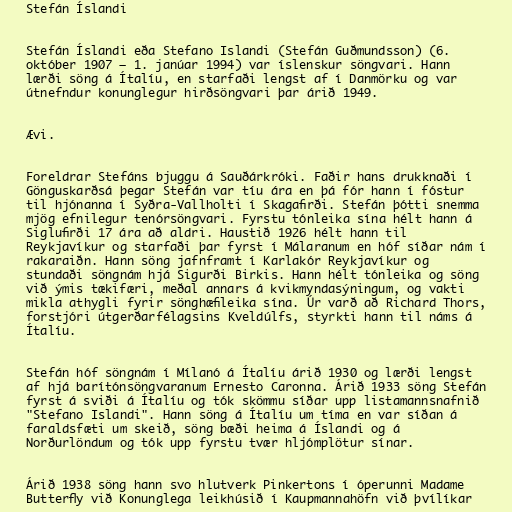
Stefán Íslandi

Stefán Íslandi eða Stefano Islandi (Stefán Guðmundsson) (6.
október 1907 – 1. janúar 1994) var íslenskur söngvari. Hann
lærði söng á Ítalíu, en starfaði lengst af í Danmörku og var
útnefndur konunglegur hirðsöngvari þar árið 1949.

Ævi.

Foreldrar Stefáns bjuggu á Sauðárkróki. Faðir hans drukknaði í
Gönguskarðsá þegar Stefán var tíu ára en þá fór hann í fóstur
til hjónanna í Syðra-Vallholti í Skagafirði. Stefán þótti snemma
mjög efnilegur tenórsöngvari. Fyrstu tónleika sína hélt hann á
Siglufirði 17 ára að aldri. Haustið 1926 hélt hann til
Reykjavíkur og starfaði þar fyrst í Málaranum en hóf síðar nám í
rakaraiðn. Hann söng jafnframt í Karlakór Reykjavíkur og
stundaði söngnám hjá Sigurði Birkis. Hann hélt tónleika og söng
við ýmis tækifæri, meðal annars á kvikmyndasýningum, og vakti
mikla athygli fyrir sönghæfileika sína. Úr varð að Richard Thors,
forstjóri útgerðarfélagsins Kveldúlfs, styrkti hann til náms á
Ítalíu.

Stefán hóf söngnám í Mílanó á Ítalíu árið 1930 og lærði lengst
af hjá barítónsöngvaranum Ernesto Caronna. Árið 1933 söng Stefán
fyrst á sviði á Ítalíu og tók skömmu síðar upp listamannsnafnið
"Stefano Islandi". Hann söng á Ítalíu um tíma en var síðan á
faraldsfæti um skeið, söng bæði heima á Íslandi og á
Norðurlöndum og tók upp fyrstu tvær hljómplötur sínar.

Árið 1938 söng hann svo hlutverk Pinkertons í óperunni Madame
Butterfly við Konunglega leikhúsið í Kaupmannahöfn við þvílíkar